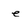
Character: e